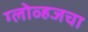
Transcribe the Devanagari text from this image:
ग्लोव्हजचा